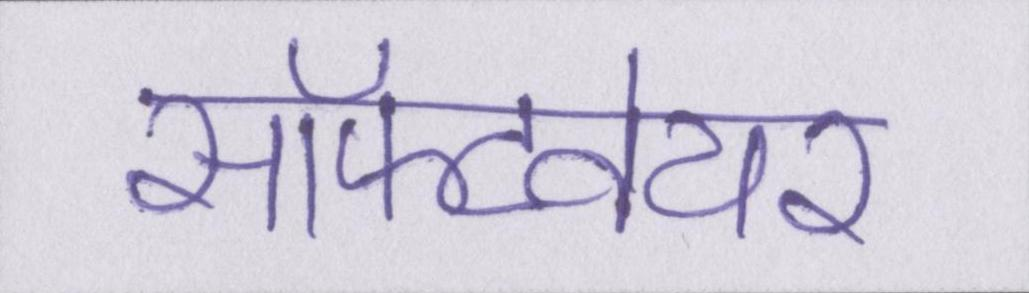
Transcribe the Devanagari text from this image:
सॉफ्टवेयर